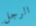
الرجل